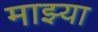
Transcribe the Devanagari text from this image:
माझ्या